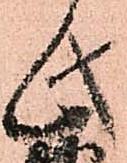
此